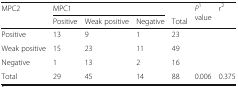
<table><thead><tr><td rowspan="2"><b>MPC2</b></td><td colspan="3"><b>MPC1</b></td><td></td><td rowspan="2"><b><i>P</i><sup>1</sup> value</b></td><td rowspan="2"><b>r<sup>2</sup></b></td></tr><tr><td><b>Positive</b></td><td><b>Weak positive</b></td><td><b>Negative</b></td><td><b>Total</b></td></tr></thead><tbody><tr><td>Positive</td><td>13</td><td>9</td><td>1</td><td>23</td><td></td><td></td></tr><tr><td>Weak positive</td><td>15</td><td>23</td><td>11</td><td>49</td><td></td><td></td></tr><tr><td>Negative</td><td>1</td><td>13</td><td>2</td><td>16</td><td></td><td></td></tr><tr><td>Total</td><td>29</td><td>45</td><td>14</td><td>88</td><td>0.006</td><td>0.375</td></tr></tbody></table>